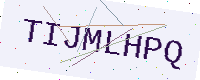
Text: TIJMLHPQ